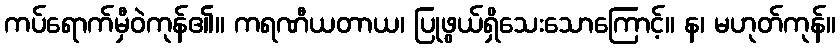
ကပ်ရောက်မှီဝဲကုန်၏။ ကရဏီယတာယ၊ ပြုဖွယ်ရှိသေးသောကြောင့်။ န၊ မဟုတ်ကုန်။